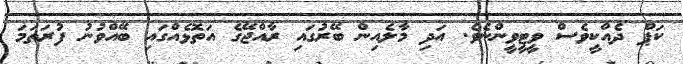
ކަޕް ދެއްކީވެސް ވީޓީވީންނެވެ. އަދި މާލެއިން ބޭރުގައި ރާއްޖޭގެ އަތޮޅެއްގައި ބޭއްވުނު ފުރަތަމަ